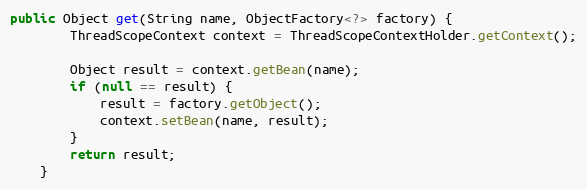
Language: Java
public Object get(String name, ObjectFactory<?> factory) {
		ThreadScopeContext context = ThreadScopeContextHolder.getContext();

		Object result = context.getBean(name);
		if (null == result) {
			result = factory.getObject();
			context.setBean(name, result);
		}
		return result;
	}